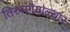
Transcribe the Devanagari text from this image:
तिरुमंगैयाळ्वार्